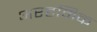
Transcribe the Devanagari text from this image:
अरहमिक